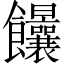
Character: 𩟻